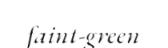
faint-green